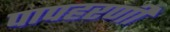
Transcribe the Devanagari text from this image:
पापहरणी